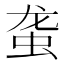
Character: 𰲴